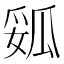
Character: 㼏